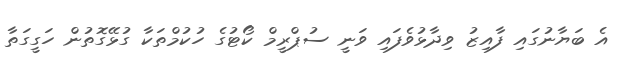
އެ ބަޔާނުގައި ފާއިޒު ވިދާޅުވެފައި ވަނީ ސުޕްރީމް ކޯޓުގެ ހުކުމްތަކާ ގުޅޭގޮތުން ހަގީގަތާ